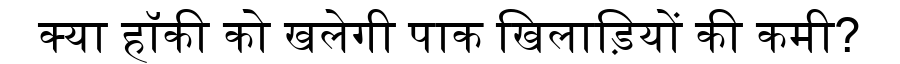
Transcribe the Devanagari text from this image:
क्या हॉकी को खलेगी पाक खिलाड़ियों की कमी?